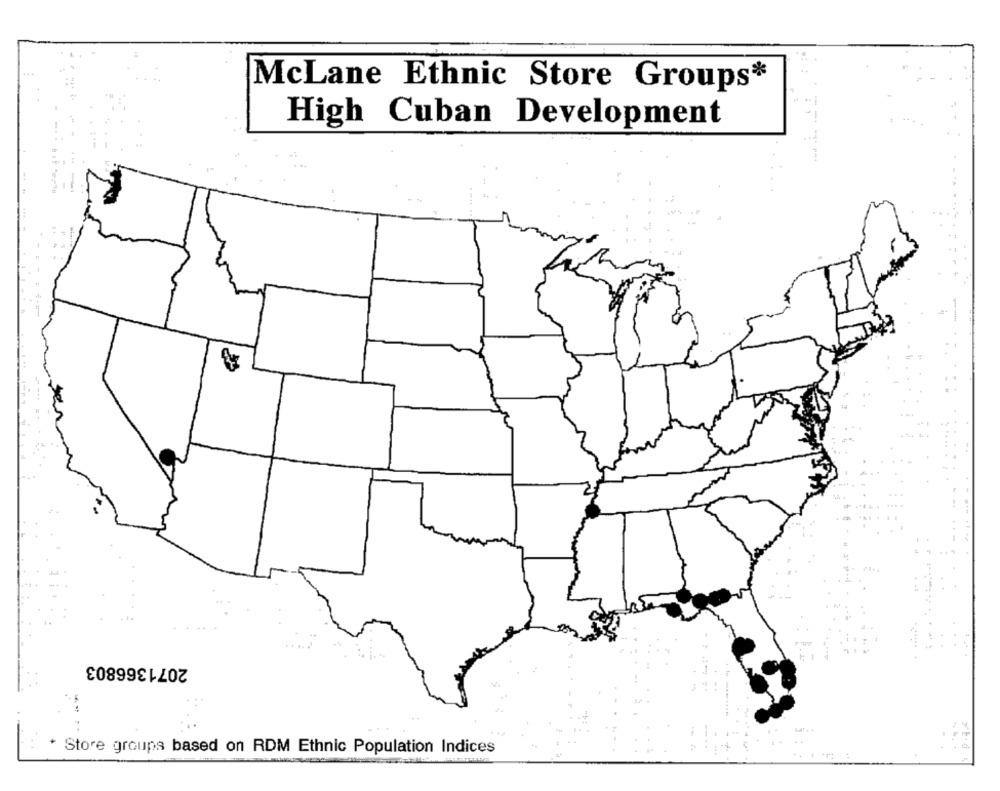
McLane Ethnic Store Groups*
High Cuban Development
2071366803
Store groups based on RDM Ethnic Population Indices